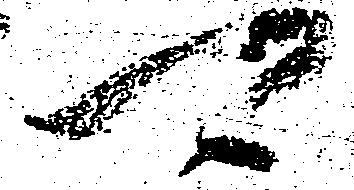
可